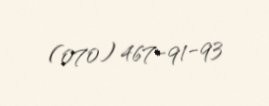
(070) 467-91-93